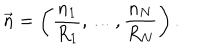
LaTeX: \vec { n } = \left( \frac { n _ { 1 } } { R _ { 1 } } , \ldots , \frac { n _ { N } } { R _ { N } } \right) .